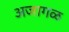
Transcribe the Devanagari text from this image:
अजागळ